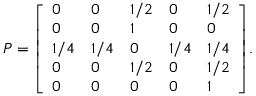
P = { \left[ \begin{array} { l l l l l } { 0 } & { 0 } & { 1 / 2 } & { 0 } & { 1 / 2 } \\ { 0 } & { 0 } & { 1 } & { 0 } & { 0 } \\ { 1 / 4 } & { 1 / 4 } & { 0 } & { 1 / 4 } & { 1 / 4 } \\ { 0 } & { 0 } & { 1 / 2 } & { 0 } & { 1 / 2 } \\ { 0 } & { 0 } & { 0 } & { 0 } & { 1 } \end{array} \right] } .